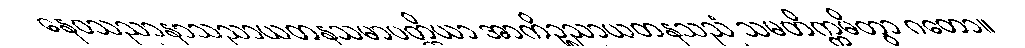
နေဝသညာနာသညာယတနသမာပတ္တိယာ အာကိဉ္စညာယတနသညံ သမတိက္ကမိတွာ ဂတော။